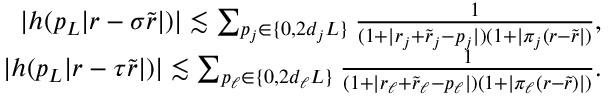
\begin{array} { r } { | h ( p _ { L } | r - \sigma \tilde { r } | ) | \lesssim \sum _ { \substack { p _ { j } \in \{ 0 , 2 d _ { j } L \} } } \frac { 1 } { ( 1 + | r _ { j } + \tilde { r } _ { j } - p _ { j } | ) ( 1 + | \pi _ { j } ( r - \tilde { r } | ) } , } \\ { | h ( p _ { L } | r - \tau \tilde { r } | ) | \lesssim \sum _ { \substack { p _ { \ell } \in \{ 0 , 2 d _ { \ell } L \} } } \frac { 1 } { ( 1 + | r _ { \ell } + \tilde { r } _ { \ell } - p _ { \ell } | ) ( 1 + | \pi _ { \ell } ( r - \tilde { r } ) | ) } . } \end{array}